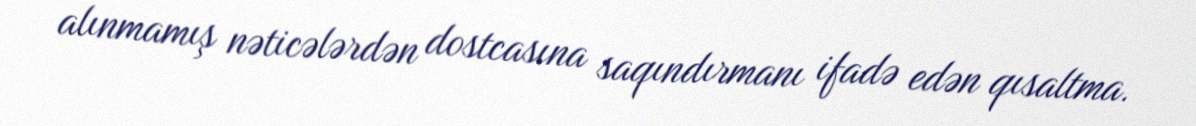
alınmamış nəticələrdən dostcasına saqındırmanı ifadə edən qısaltma.